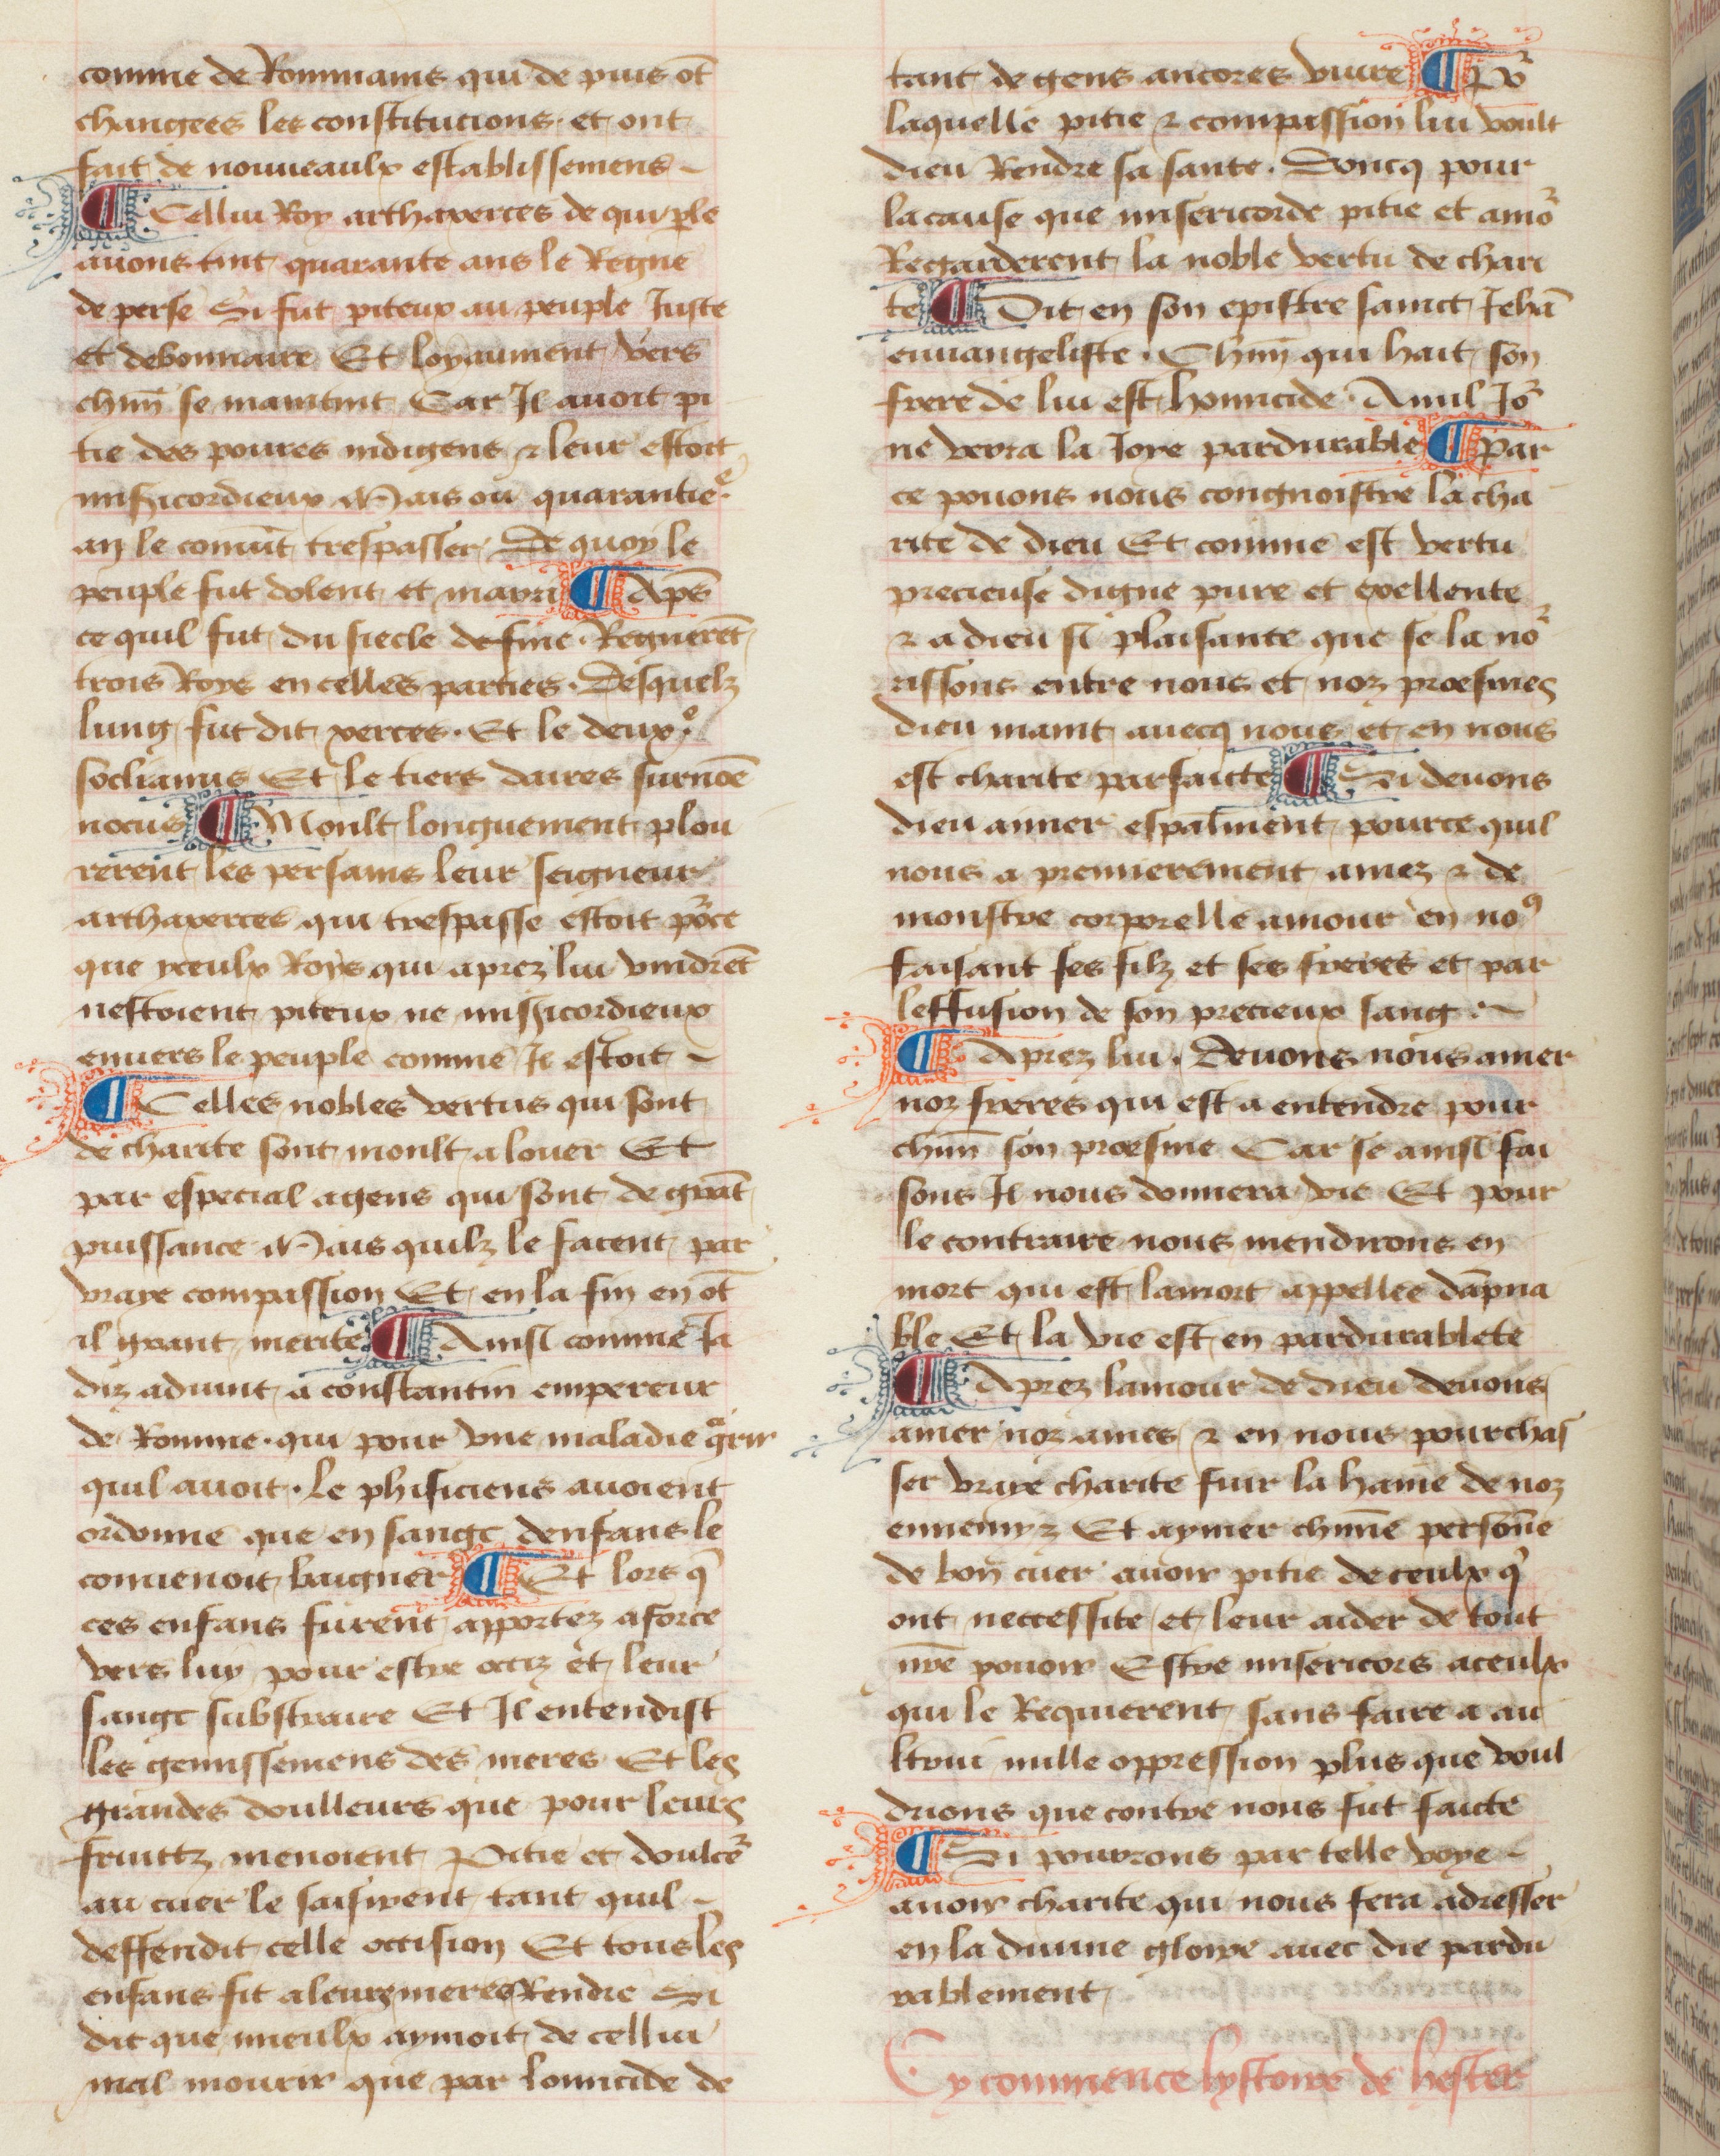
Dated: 1457–1482